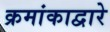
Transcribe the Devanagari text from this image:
क्रमांकाद्वारे